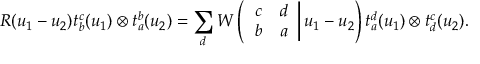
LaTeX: R ( u _ { 1 } - u _ { 2 } ) t _ { b } ^ { c } ( u _ { 1 } ) \otimes t _ { a } ^ { b } ( u _ { 2 } ) = \sum _ { d } W \left( \left. \begin{array} { c c } { { c } } & { { d } } \\ { { b } } & { { a } } \end{array} \right| u _ { 1 } - u _ { 2 } \right) t _ { a } ^ { d } ( u _ { 1 } ) \otimes t _ { d } ^ { c } ( u _ { 2 } ) .